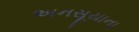
અનસૂયાના